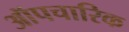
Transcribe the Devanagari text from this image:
ऑपचारिक